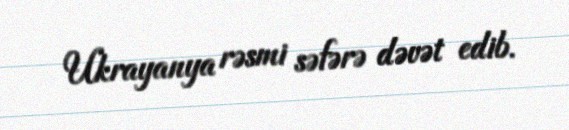
Ukrayanya rəsmi səfərə dəvət edib.